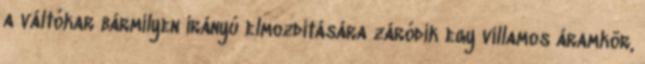
a váltókar bármilyen irányú elmozdítására záródik egy villamos áramkör,